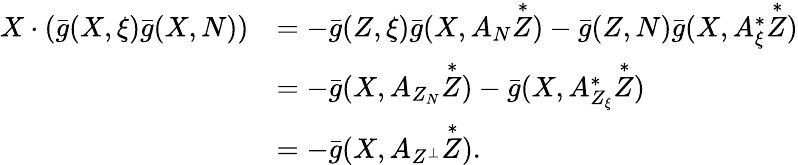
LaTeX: \begin{array}{rl}{X\cdot(\bar{g}(X,\xi)\bar{g}(X,N))}&{=-\bar{g}(Z,\xi)\bar{g}(X,A_{N}\overset{*}{Z})-\bar{g}(Z,N)\bar{g}(X,A_{\xi}^{*}\overset{*}{Z})}\\ &{=-\bar{g}(X,A_{Z_{N}}\overset{*}{Z})-\bar{g}(X,A_{Z_{\xi}}^{*}\overset{*}{Z})}\\ &{=-\bar{g}(X,A_{Z^{\perp}}\overset{*}{Z}).}\end{array}